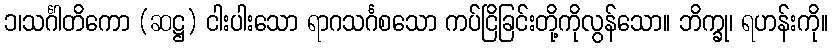
၁၊သင်္ဂါတိကော (ဆဋ္ဌ) ငါးပါးသော ရာဂသင်္ဂစသော ကပ်ငြိခြင်းတို့ကိုလွန်သော။ ဘိက္ခု၊ ရဟန်းကို။